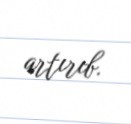
artırıb.